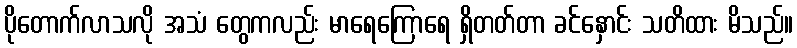
ပိုတောက်လာသလို အသံ တွေကလည်း မာရေကြောရေ ရှိတတ်တာ ခင်နှောင်း သတိထား မိသည်။